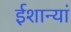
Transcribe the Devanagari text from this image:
ईशान्यां